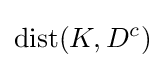
{\text{dist}}(K,D^{c})